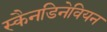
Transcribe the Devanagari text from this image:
स्कैनडिनेवियन